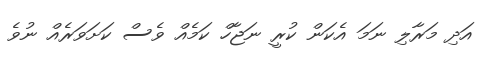
އަދި މަރާލި ނަމަ އެކަން ކުރީ ނަޖާހް ކަމެއް ވެސް ކަށަވަރެއް ނުވެ